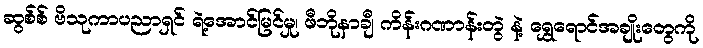
ဆွစ်စ် ဗိသုကာပညာရှင် ရဲ့အောင်မြင်မှု၊ ဖီဘိုနာချီ ကိန်းဂဏာန်းတွဲ နဲ့ ရွှေရောင်အချိုးတွေကို